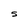
Character: S